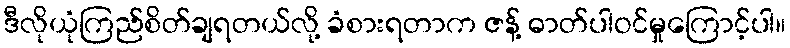
ဒီလိုယုံကြည်စိတ်ချရတယ်လို့ ခံစားရတာက ဇန့် ဓာတ်ပါဝင်မှုကြောင့်ပါ။